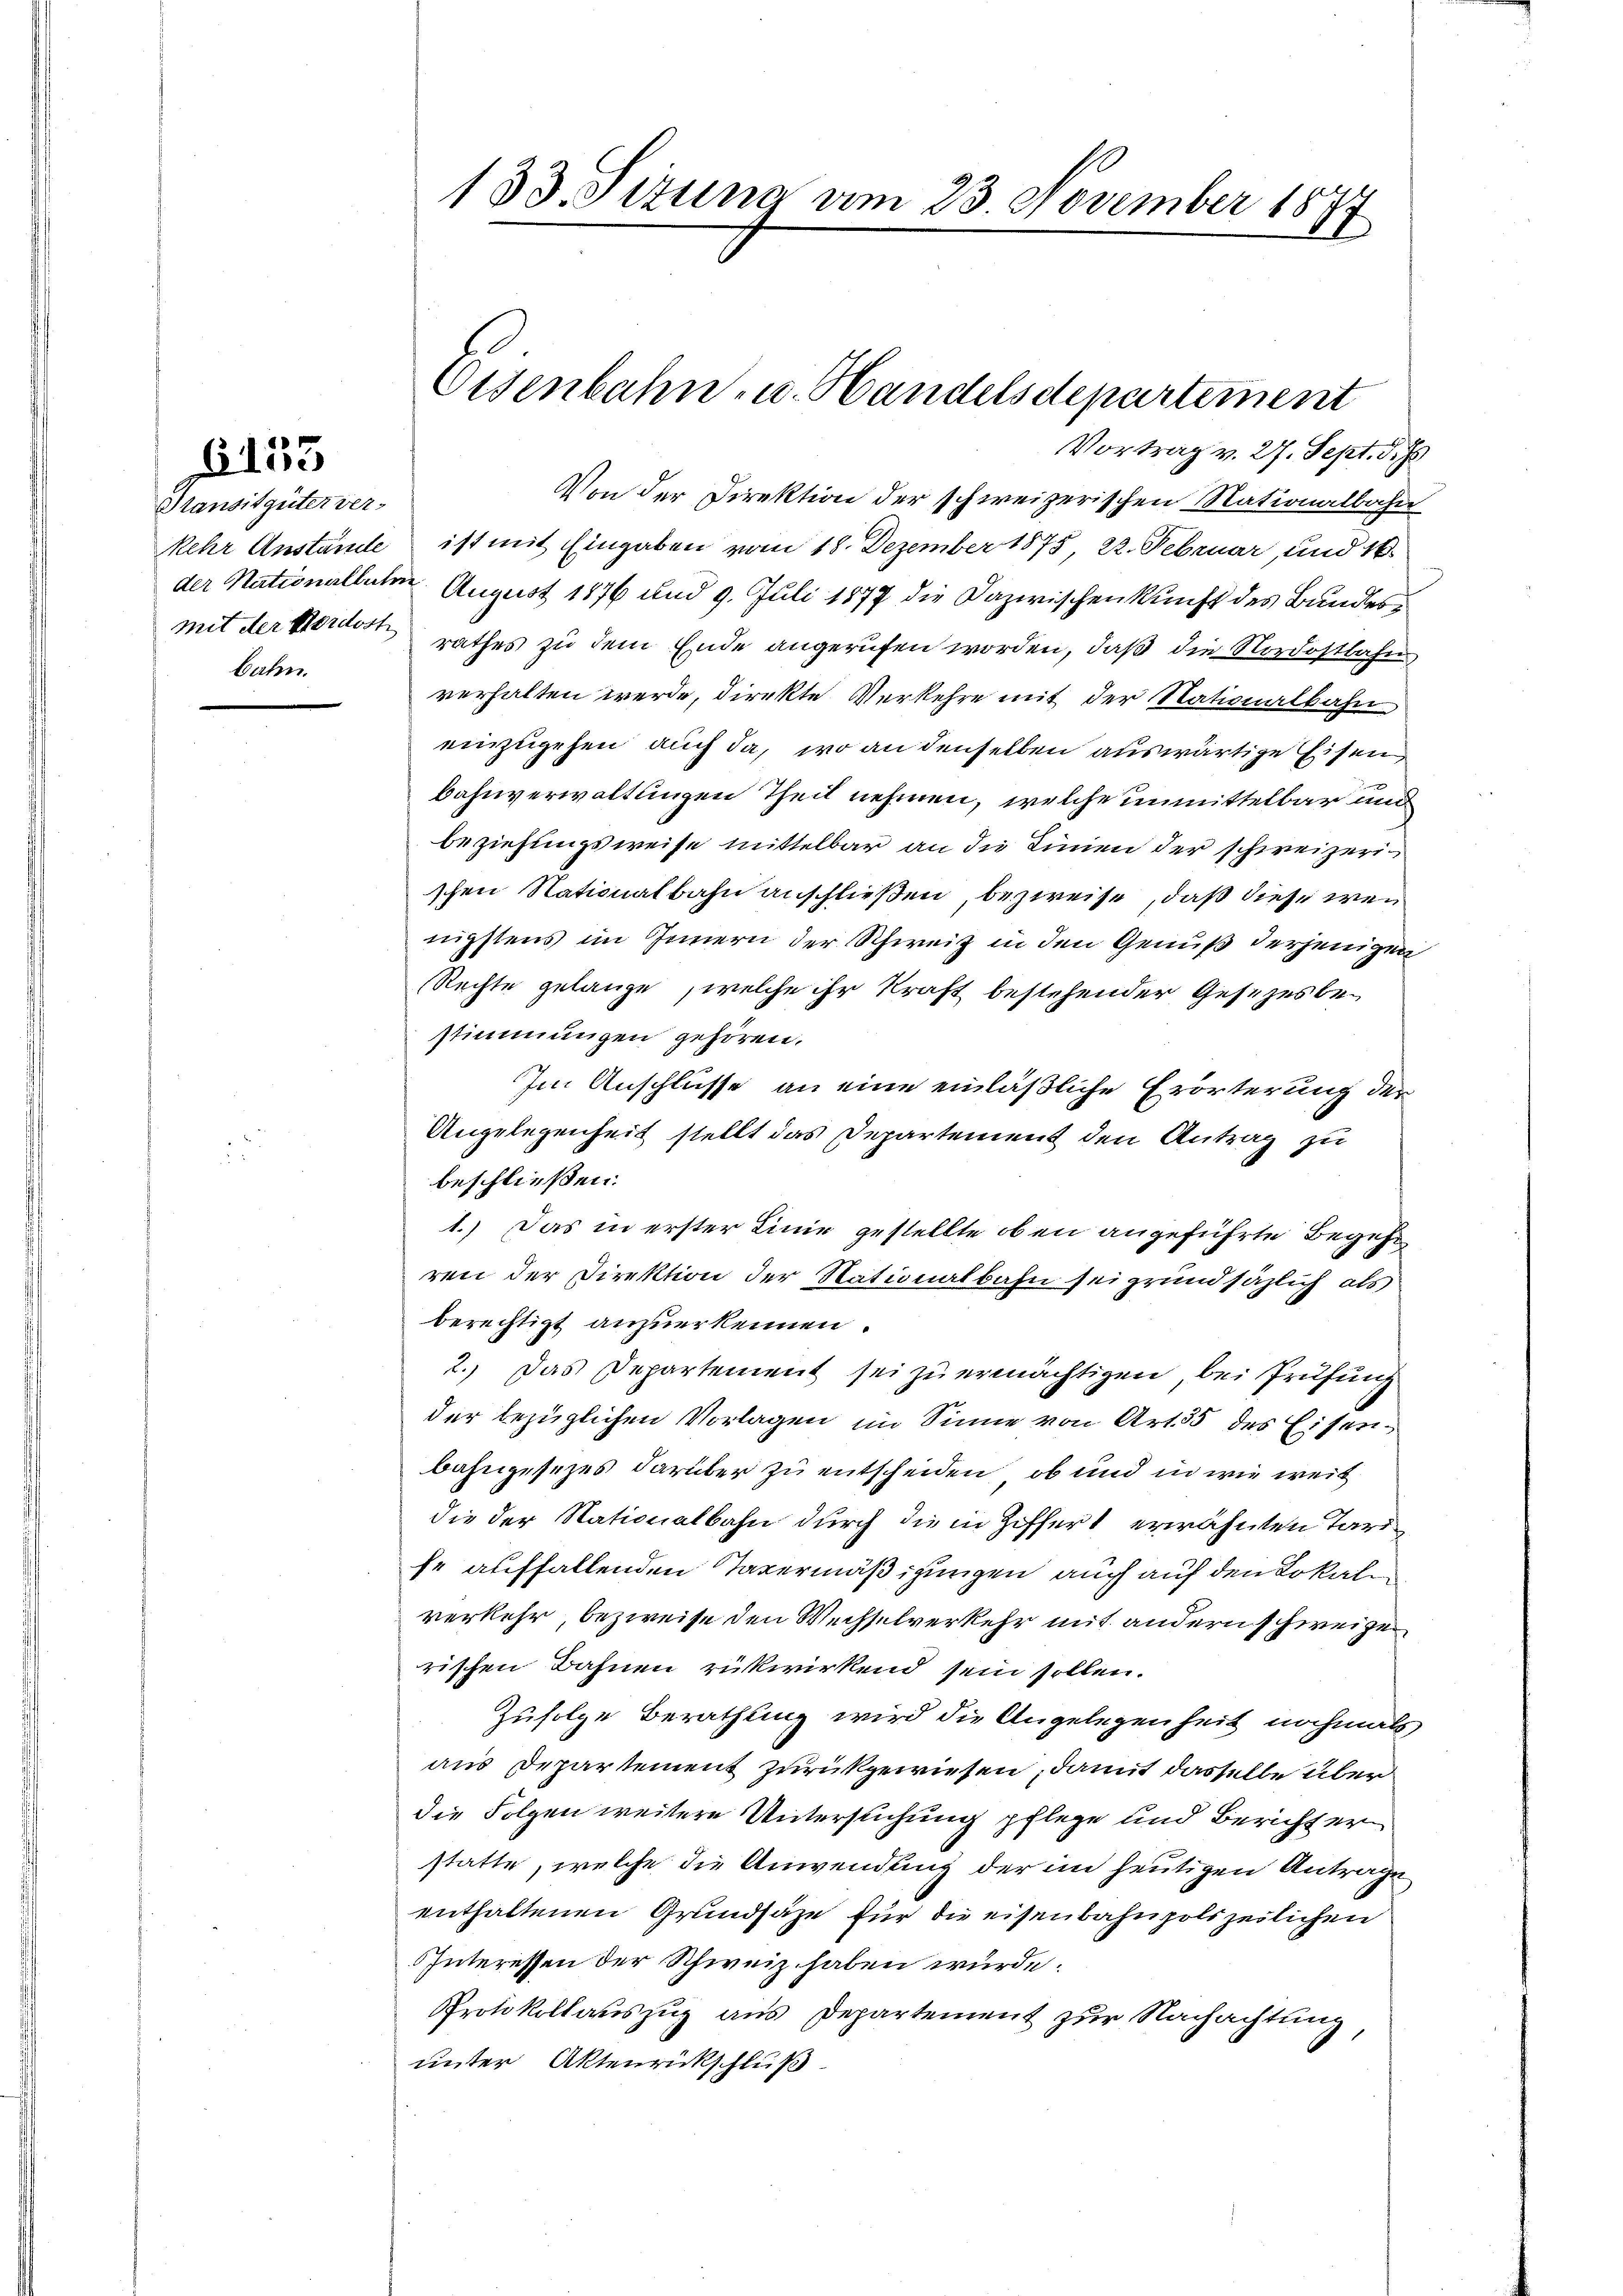
Pransitgüter ver-
bahn.

6155

133. Sitzung am 23. November 1874
l

Von der Direktion der schweizerischen Nationalbahn
ehr Anstände ist mit Eingaben vom 18. Dezember 1875, 22. Februar, und 16
der Nationallet. August 1876 und 9. Juli 1877 die Dazwischenkunft des Bundesmit der Verdort rathes zu dem Ende angerufen worden, daß die Nordostbahn
verhalten werde, direkte Verkehre mit der Nationalbahn
einzugehen auch da, wo an denselben auswärtige Eisen
bahnverwaltungen Theil nehmen, welche unmittelbar und
beziehungsweise mittelbar an die Linien der schweizerischen Nationalbahn anschließen, bezweife, daß diese wen
nigstens im Innern der Schweiz in den Genuß derjenigen
Rechte gelange, welche ihr kraft bestehender Gesetzesbestimmungen gehören.
Im Anschlüsse an eine einläßliche Erörterung der
Angelegenheit stellt das Departement den Antrag zu
beschließen.
1.) Das in erster Linie gestellte oben angeführte Begehr
ren der Direktion der Stationalbahn sei grundsäzlich als
berechtigt anzuerkennen.
2.) Das Departement sei zu ermächtigen, bei Prüfung
der bezüglichen Vorlagen im Sinne von Art. 35 des Eisenbahngesezes darüber zu entscheiden, ob und in wie weit
die der Nationalbahn durch die in Ziffert erwähnten Tari
fe auffallenden Tavermäßigungen auch auf den Lokale
verkehr, bezweife den Wechselverkehr mit andern schweizen
rischen Bahnen rükwirkend sein sollen.
Zufolge Berathung wird die Angelegenheit nochmals
aus Departement zurückgewiesen, damit dasselbe über
die Folgen weitere Untersuchung pflege und Berichter
statte, welche die Anwendung der im heutigen Antrage
enthaltenen Grundsäze für die eisenbahnpolizeilichen
IInteressen der Schweiz haben würde.
Protokollauszug aus Departement zur Nachachtung
unter Aktenrückschluß

Eisenbahn- u. Handelsdepartement
Vortrag v. 27. Sept. d.